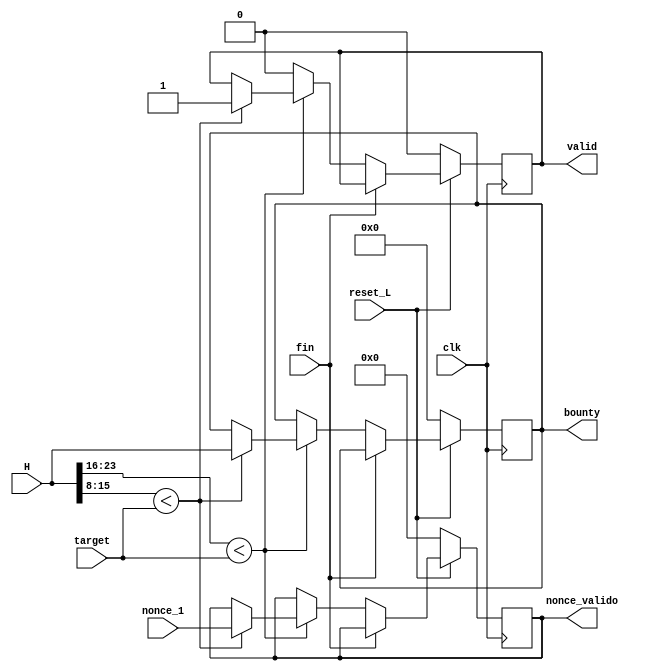
`timescale 1ns / 1ps
module comparador (
    input clk,
    input reset_L,
    input [23:0] H,
    input [31:0] nonce_1,
    input [7:0] target,
    input fin,
    output reg valid,
    output reg [31:0] nonce_valido,  
    output reg [23:0] bounty
);

    always @(posedge clk) begin
        if (reset_L == 0) begin
            valid <= 0;
            bounty <= 0;
            nonce_valido <= 0;
        end
        else begin
            if (fin == 0) begin
                if (H[23:16] < target) begin
                    if (H[15:8] < target) begin
                        nonce_valido <= nonce_1;
                        valid <= 1;     //Valid = 1 si no se cumple la condicin
                        bounty <= H;    //Siempre se guarda el ltimo bounty
                    end
                    
                end 
                else begin
                    valid <= 0;         
                end 
            end
        end        
            
    end

endmodule